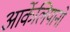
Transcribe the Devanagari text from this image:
आर्केलियानो